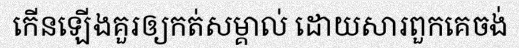
កើនឡើងគួរឲ្យកត់សម្គាល់ ដោយសារពួកគេចង់